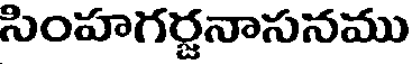
సింహగర్జనాసనము